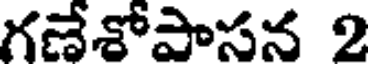
గణేశోపాసన 2